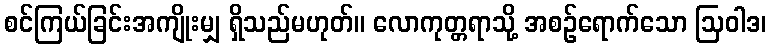
စင်ကြယ်ခြင်းအကျိုးမျှ ရှိသည်မဟုတ်။ လောကုတ္တရာသို့ အစဉ်ရောက်သော ဩဝါဒ၊